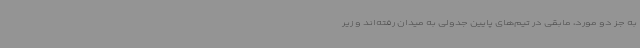
به جز دو مورد، مابقی در تیم‌های پایین جدولی به میدان رفته‌اند و زیر